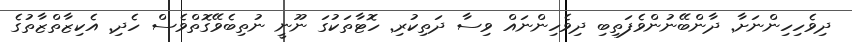
ދިވެހިހިންނަށާ